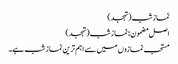
نماز شب (تہجد)
اصل مضمون: نماز شب (تہجد)
مستحب نمازوں میں سے اہم ترین نماز شب ہے۔